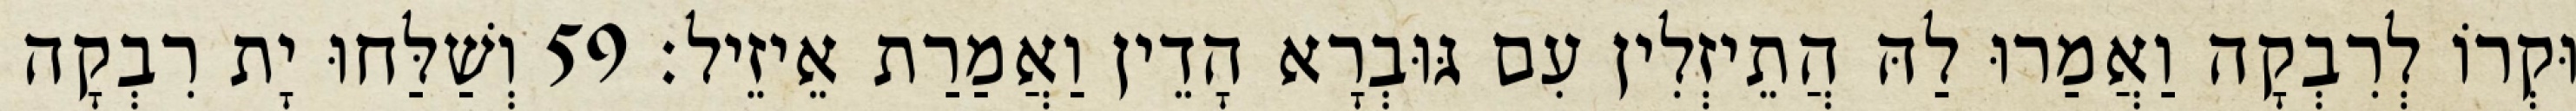
וּקְרוֹ לְרִבְקָה וַאֲמַרוּ לַהּ הֲתֵיזְלִין עִם גּוּבְרָא הָדֵין וַאֲמַרַת אֵיזֵיל׃ 59 וְשַׁלַּחוּ יָת רִבְקָה